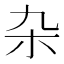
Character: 杂